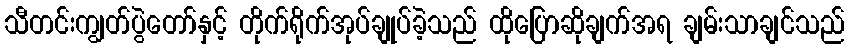
သီတင်းကျွတ်ပွဲတော်နှင့် တိုက်ရိုက်အုပ်ချုပ်ခဲ့သည် ထိုပြောဆိုချက်အရ ချမ်းသာချင်သည်